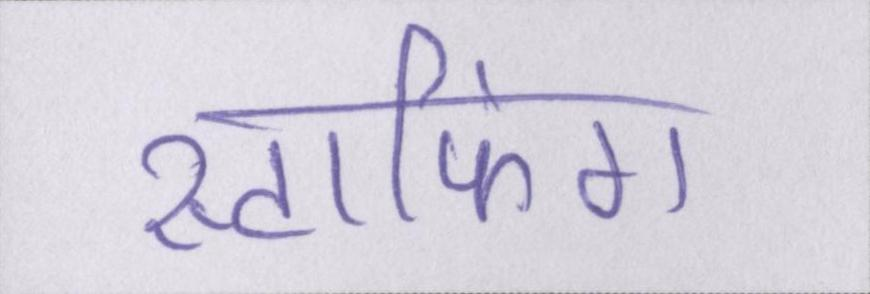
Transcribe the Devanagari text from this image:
स्टाफिंग